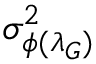
\sigma _ { \phi ( \lambda _ { G } ) } ^ { 2 }